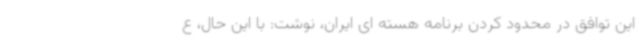
این توافق در محدود کردن برنامه هسته ای ایران، نوشت: با این حال، ع